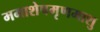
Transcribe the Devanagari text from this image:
ममाशेषमृणमाशु